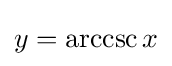
y=\operatorname {arccsc} x